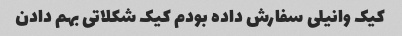
کیک وانیلی سفارش داده بودم کیک شکلاتی بهم دادن